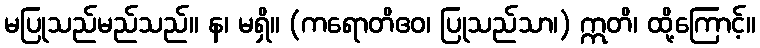
မပြုသည်မည်သည်။ န၊ မရှိ။ (ကရောတိဧဝ၊ ပြုသည်သာ၊) ဣတိ၊ ထို့ကြောင့်။